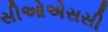
સીઓએસસી